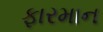
ફારમાન